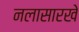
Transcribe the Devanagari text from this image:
नलासारखे